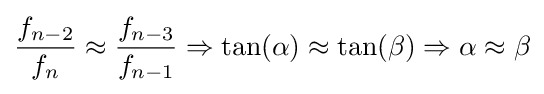
{\frac {f_{n-2}}{f_{n}}}\approx {\frac {f_{n-3}}{f_{n-1}}}\Rightarrow \tan(\alpha )\approx \tan(\beta )\Rightarrow \alpha \approx \beta